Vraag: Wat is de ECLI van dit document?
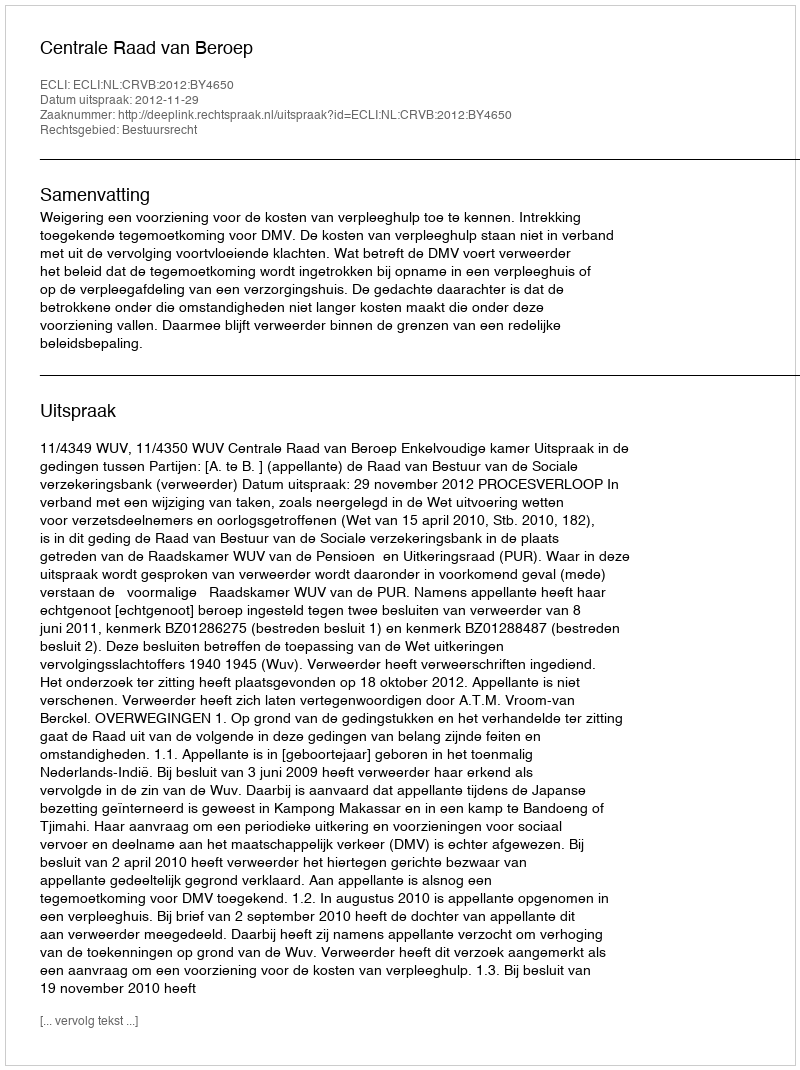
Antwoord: ECLI:NL:CRVB:2012:BY4650